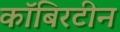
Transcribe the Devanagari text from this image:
कॉबिरटीन